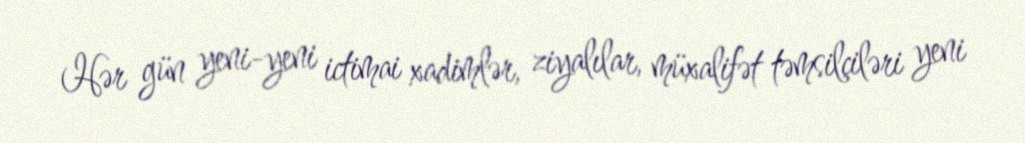
Hər gün yeni-yeni ictimai xadimlər, ziyalılar, müxalifət təmsilçiləri yeni